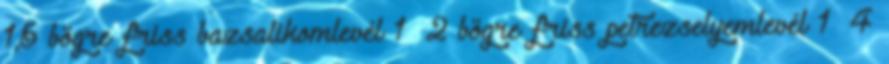
1,5 bögre friss bazsalikomlevél 1 2 bögre friss petrezselyemlevél 1 4